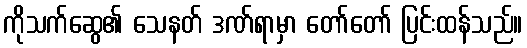
ကိုသက်ဆွေ၏ သေနတ် ဒဏ်ရာမှာ တော်တော် ပြင်းထန်သည်။